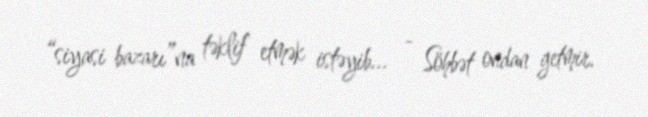
“siyasi bazarı”na təklif etmək istəyib... - Söhbət ondan getmir.